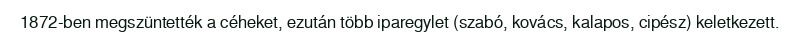
1872-ben megszüntették a céheket, ezután több iparegylet (szabó, kovács, kalapos, cipész) keletkezett.